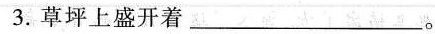
3.草坪上盛开着______。